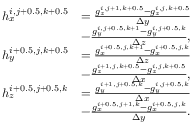
\begin{array} { r l } { h _ { x } ^ { i , j + 0 . 5 , k + 0 . 5 } } & { = \frac { g _ { z } ^ { i , j + 1 , k + 0 . 5 } - g _ { z } ^ { i , j , k + 0 . 5 } } { \Delta y } } \\ & { - \frac { g _ { y } ^ { i , j + 0 . 5 , k + 1 } - g _ { y } ^ { i , j + 0 . 5 , k } } { \Delta z } , } \\ { h _ { y } ^ { i + 0 . 5 , j , k + 0 . 5 } } & { = \frac { g _ { x } ^ { i + 0 . 5 , j , k + 1 } - g _ { x } ^ { i + 0 . 5 , j , k } } { \Delta z } } \\ & { - \frac { g _ { z } ^ { i + 1 , j , k + 0 . 5 } - g _ { z } ^ { i , j , k + 0 . 5 } } { \Delta x } , } \\ { h _ { z } ^ { i + 0 . 5 , j + 0 . 5 , k } } & { = \frac { g _ { y } ^ { i + 1 , j + 0 . 5 , k } - g _ { y } ^ { i , j + 0 . 5 , k } } { \Delta x } } \\ & { - \frac { g _ { x } ^ { i + 0 . 5 , j + 1 , k } - g _ { x } ^ { i + 0 . 5 , j , k } } { \Delta y } . } \end{array}